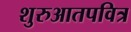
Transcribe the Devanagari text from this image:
शुरुआतपवित्र